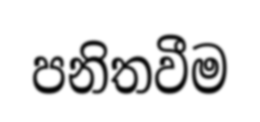
පනිතවීම